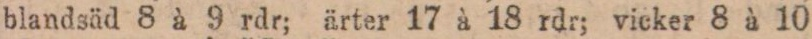
blandsäd 8 à 9 rdr; ärter 17 à 18 rdr; vicker 8 à 10